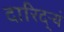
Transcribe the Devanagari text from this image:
दारिद्ऱ्यं